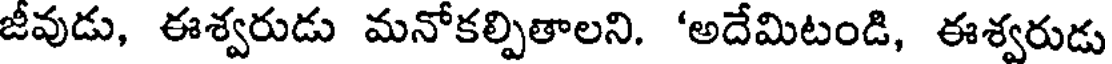
జీవుడు, ఈశ్వరుడు మనోకల్పితాలని. 'అదేమిటండి, ఈశ్వరుడు